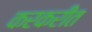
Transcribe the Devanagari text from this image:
करकरीत